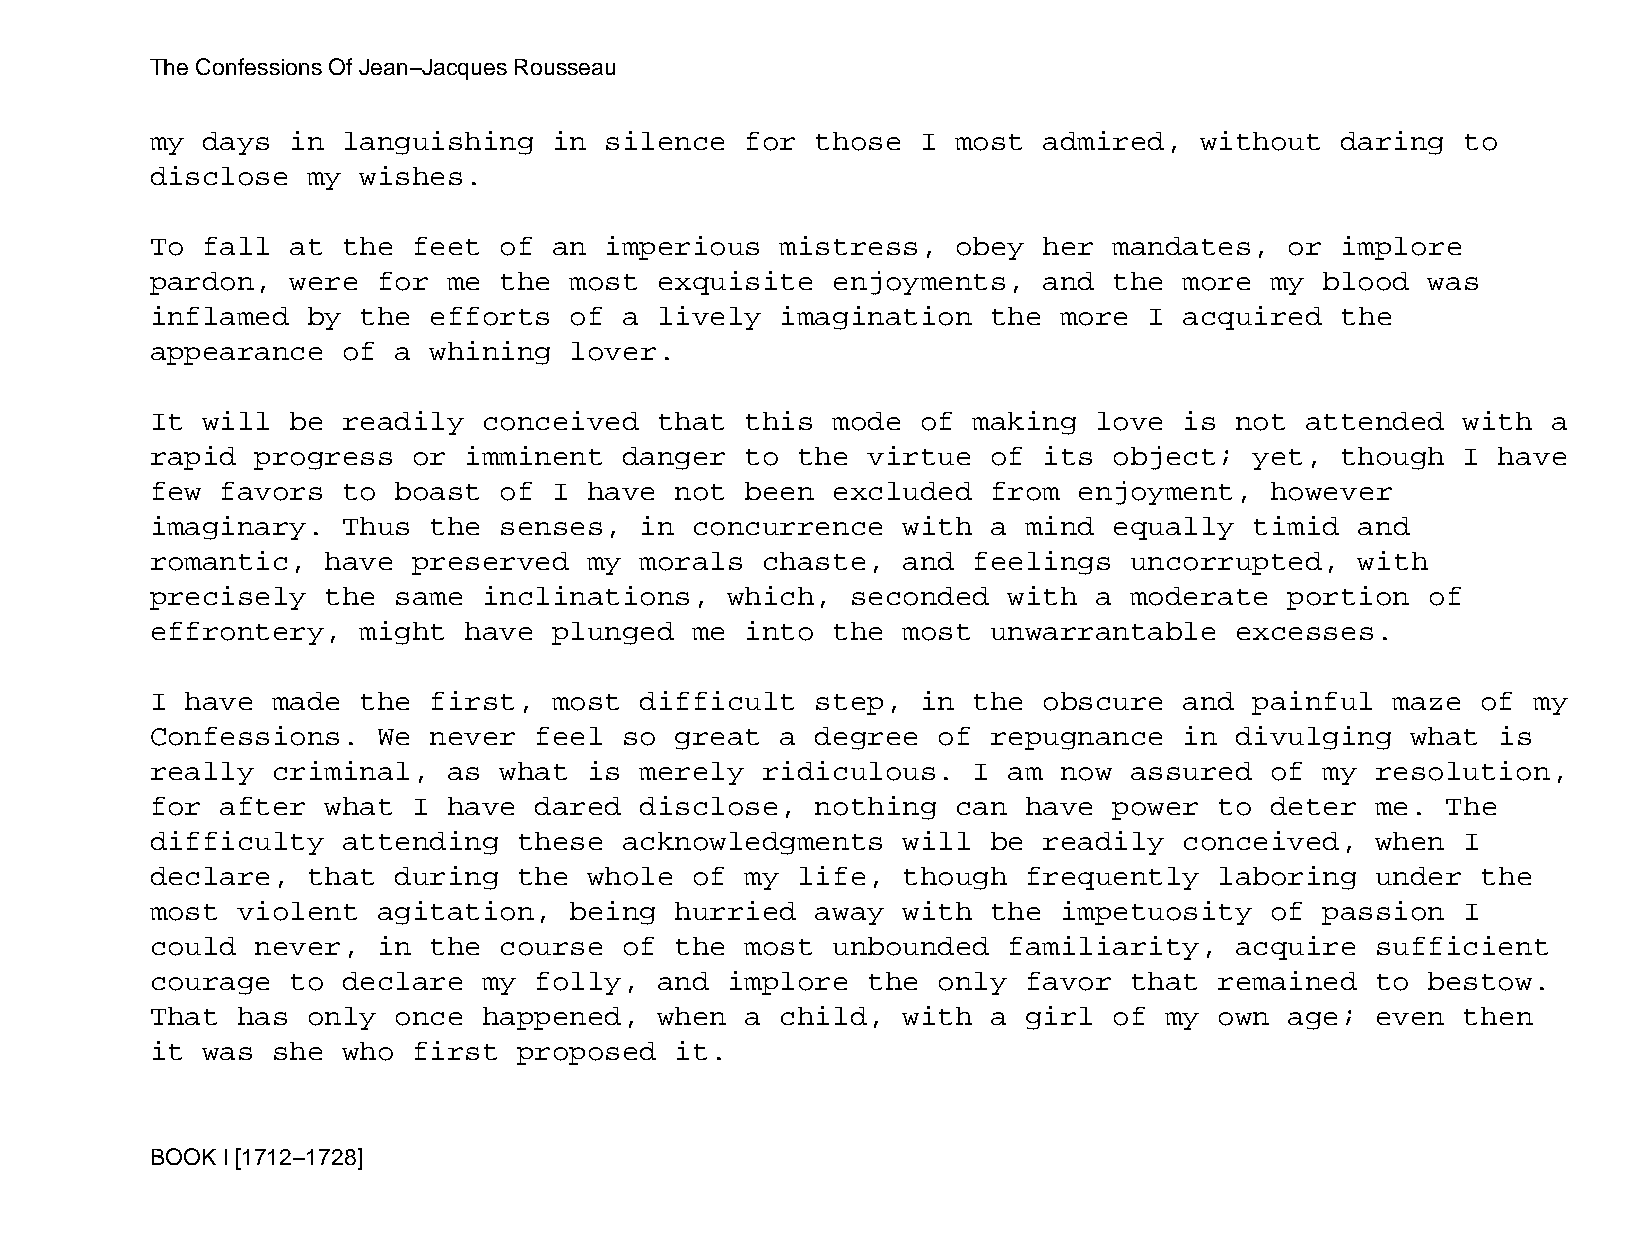
The Confessions Of Jean−Jacques Rousseau
 my days  in  languishing   in silence  for  those  I most  admired,  without   daring  to
 disclose  my  wishes.
 To fall  at  the feet  of  an imperious   mistress,  obey  her  mandates,  or  implore
 pardon,  were  for  me the  most  exquisite  enjoyments,   and  the more  my  blood  was
 inflamed  by  the efforts   of a  lively  imagination   the more  I acquired   the
 appearance   of a whining   lover.
 It will  be  readily  conceived   that this  mode  of making  love  is  not attended   with  a
 rapid  progress  or  imminent  danger  to  the virtue   of its  object;  yet,  though  I have
 few  favors  to boast  of  I have  not been  excluded   from enjoyment,   however
 imaginary.   Thus the  senses,  in  concurrence   with  a mind  equally  timid  and
 romantic,   have preserved   my morals  chaste,   and feelings   uncorrupted,   with
 precisely   the same  inclinations,   which,  seconded   with a  moderate  portion   of
 effrontery,   might  have  plunged  me into  the  most  unwarrantable   excesses.
 I have  made  the first,   most difficult   step,  in the  obscure  and  painful  maze  of my
 Confessions.   We never  feel  so  great  a degree  of  repugnance  in  divulging  what  is
 really  criminal,   as what  is merely  ridiculous.   I  am now  assured  of  my resolution,
 for  after  what I  have dared  disclose,   nothing  can  have  power  to deter  me.  The
 difficulty   attending  these  acknowledgments    will  be readily  conceived,   when  I
 declare,  that  during  the  whole  of my  life,  though  frequently   laboring  under  the
 most  violent  agitation,   being  hurried  away  with  the impetuosity   of  passion  I
 could  never,  in the  course  of  the most  unbounded   familiarity,   acquire  sufficient
 courage  to  declare  my folly,   and implore  the  only  favor  that  remained  to  bestow.
 That  has only  once  happened,   when a  child,  with  a girl  of my  own age;  even  then
 it was  she  who first  proposed   it.
 BOOK I [1712−1728]